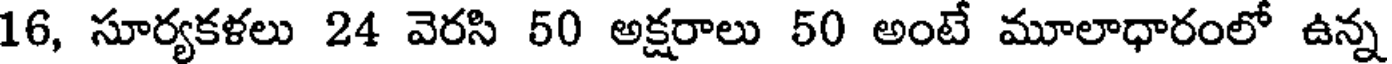
16, సూర్యకళలు 24 వెరసి 50 అక్షరాలు 50 అంటే మూలాధారంలో ఉన్న